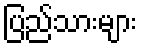
ပြည်သားများ